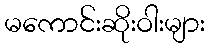
မကောင်းဆိုးဝါးများ